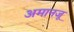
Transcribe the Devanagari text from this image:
अमानजू